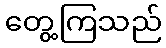
တွေ့ကြသည်